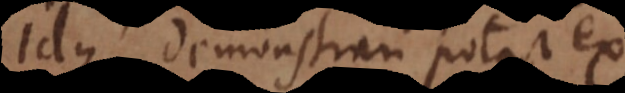
Idque demonstrari potest ex